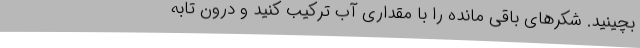
بچینید. شکرهای باقی مانده را با مقداری آب ترکیب کنید و درون تابه